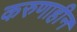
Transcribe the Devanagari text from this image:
करुणाहीन